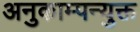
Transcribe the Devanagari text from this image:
अनुकाम्पन्युक्त